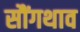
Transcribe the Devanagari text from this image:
सौंगथाव